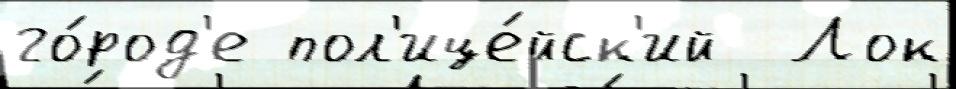
го́род'е пол'ице́йск'ий  Лок